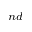
^ { n d }